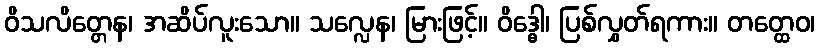
ဝိသလိတ္တေန၊ အဆိပ်လူးသော။ သလ္လေန၊ မြားဖြင့်။ ဝိဒ္ဓေါ၊ ပြစ်လွှတ်ရကား။ တတ္ထေဝ၊